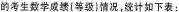
的考生数学成绩(等级）情况，统计如下表：